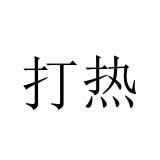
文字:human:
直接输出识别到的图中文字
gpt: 打热